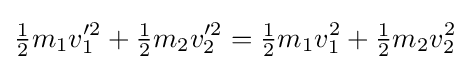
{\tfrac {1}{2}}m_{1}v_{1}^{\prime 2}+{\tfrac {1}{2}}m_{2}v_{2}^{\prime 2}={\tfrac {1}{2}}m_{1}v_{1}^{2}+{\tfrac {1}{2}}m_{2}v_{2}^{2}